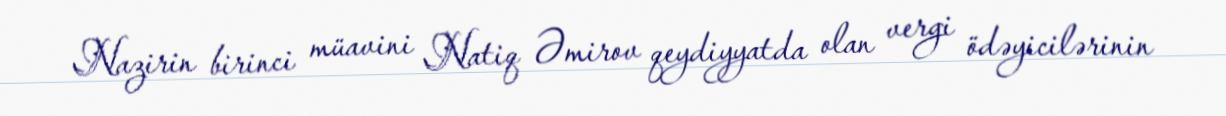
Nazirin birinci müavini Natiq Əmirov qeydiyyatda olan vergi ödəyicilərinin